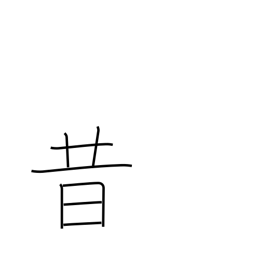
Meaning: old times